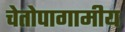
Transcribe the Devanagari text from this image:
चेतोपागामीय